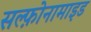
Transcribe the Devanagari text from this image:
सल्‍फ़ोनामाइड